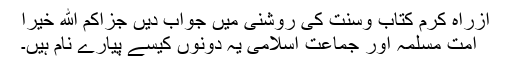
ازراہِ کرم کتاب وسنت کی روشنی میں جواب دیں جزاكم الله خيرا
امت مسلمہ اور جماعت اسلامی یہ دونوں کیسے پیارے نام ہیں۔